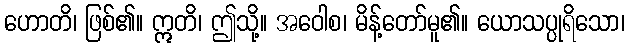
ဟောတိ၊ ဖြစ်၏။ ဣတိ၊ ဤသို့။ အဝေါစ၊ မိန့်တော်မူ၏။ ယောသပ္ပုရိသော၊